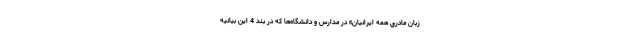
زبان مادري همه ايرانيان» در مدارس و دانشگاه‌ها كه در بند 4 اين بيانيه